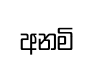
අනමි